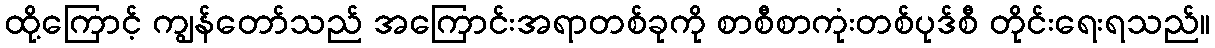
ထို့ကြောင့် ကျွန်တော်သည် အကြောင်းအရာတစ်ခုကို စာစီစာကုံးတစ်ပုဒ်စီ တိုင်းရေးရသည်။